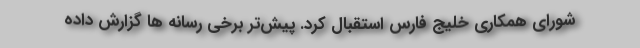
شورای همکاری خلیج فارس استقبال کرد. پیش‌تر برخی رسانه ها گزارش داده